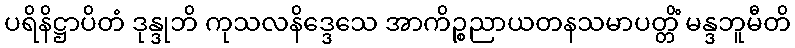
ပရိနိဋ္ဌာပိတံ ဒုန္ဒုဘိ ကုသလနိဒ္ဒေသေ အာကိဉ္စညာယတနသမာပတ္တိံ မန္ဒဘူမီတိ